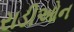
રાડીઓન